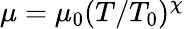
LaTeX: \mu=\mu_{0}(T/T_{0})^{\chi}